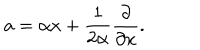
LaTeX: a = \alpha x + \frac { 1 } { 2 \alpha } \frac { \partial } { \partial x } .